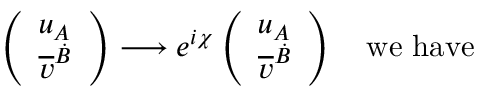
\left( \begin{array} { l } { { u _ { A } } } \\ { { \overline { { { v } } } ^ { \dot { B } } } } \end{array} \right) \longrightarrow e ^ { i \chi } \left( \begin{array} { l } { { u _ { A } } } \\ { { \overline { { { v } } } ^ { \dot { B } } } } \end{array} \right) \ \ \ \mathrm { w e ~ h a v e }